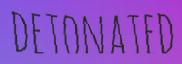
DETONATED